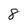
Character: 8